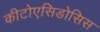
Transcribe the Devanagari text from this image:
कीटोएसिडोसिस